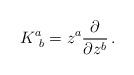
LaTeX: \begin{align*}K^a_{~b}=z^a{\partial\over\partial z^b}\, .\end{align*}